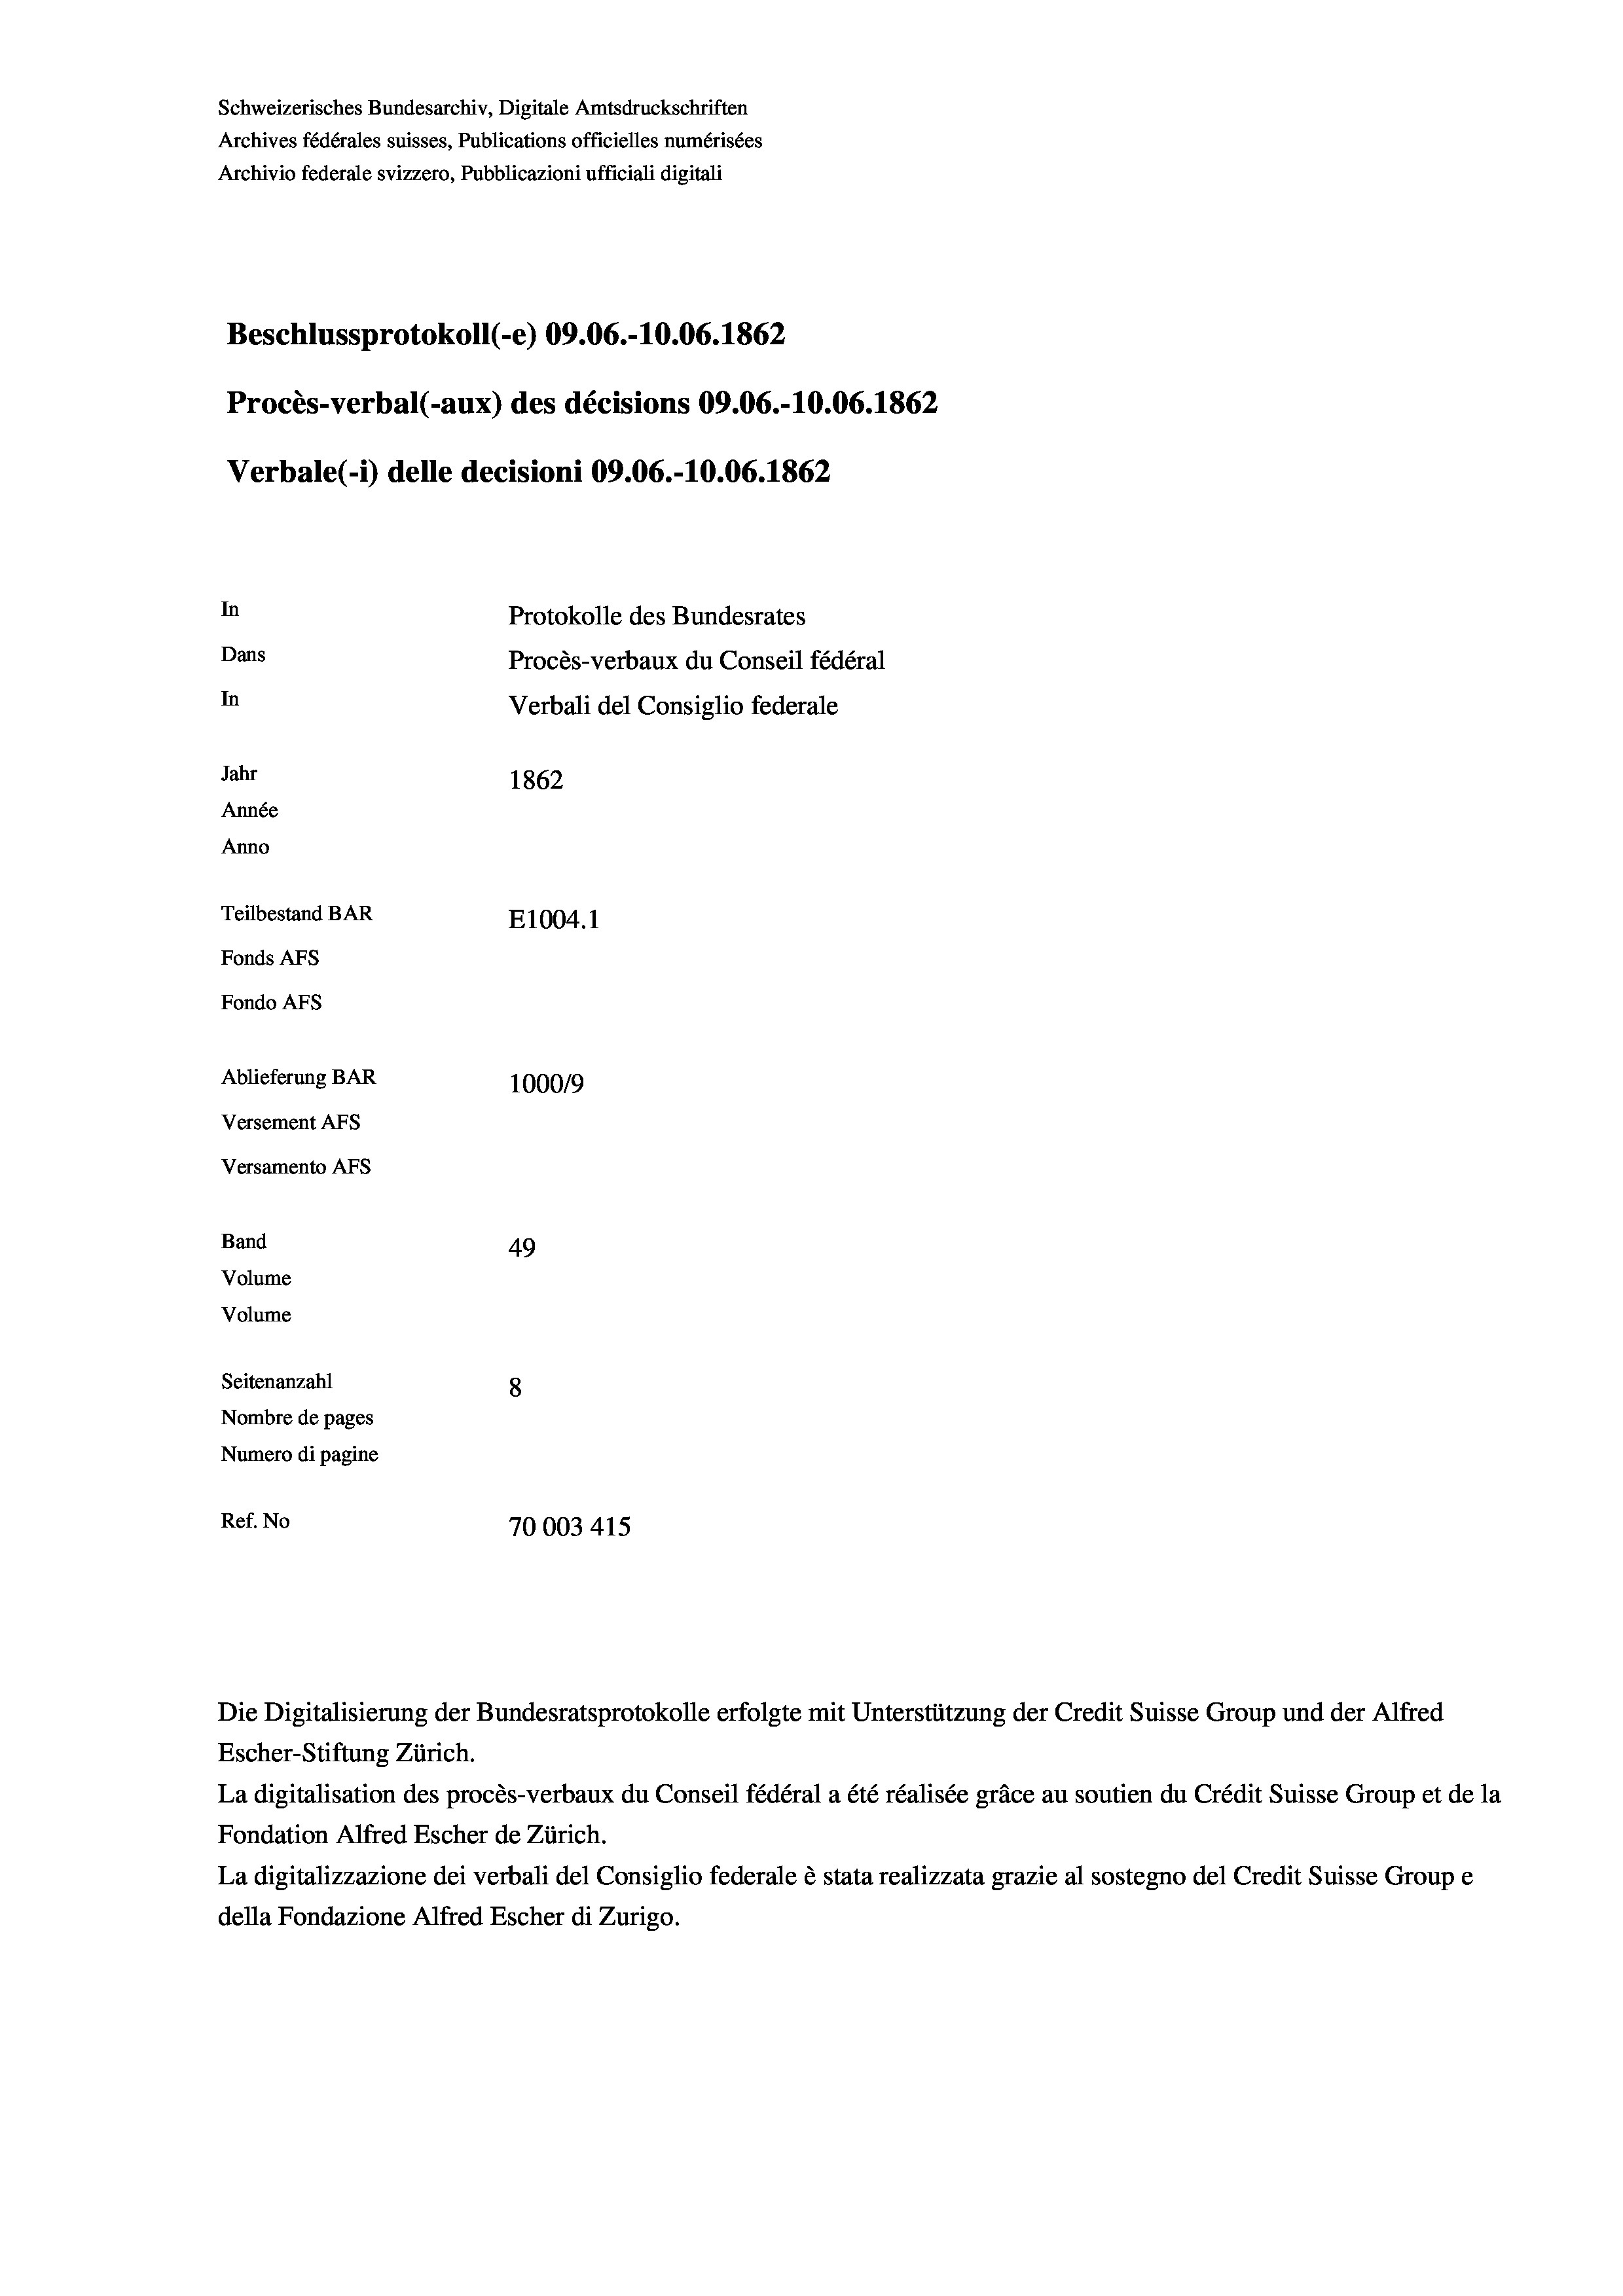
Schweizerisches Bundesarchiv, Digitale Amtsdruckschriften
Archives fédérales suisses, Publications officielles numérisées
Archivio federale svizzero, Pubblicazioni ufficiali digitali
Beschlussprotokoll (-e) 09.06.-10.06. 1862
Procès-verbal (-aux) des décisions 09.06.-10.06. 1862
Verbale (i) delle decisioni 09.06.-10.06. 1862
In
Protokolle des Bundesrates
Dans
Procès-verbaux du Conseil fédéral
In
Verbali del Consiglio federale
Jahr
1862
Année
Anno
Teilbestand BAR
E1004. 1
Fonds AFs
Fondo Afs
Ablieferung BAR
100019
Versement AFs
Versamento Afs
Band
49
Volume
Volume
Seitenanzahl
8
Nombre de pages
Numero di pagine

Ref. No
70003415

Escher-Stiftung Zürich.
La digitalisation des procès-verbaux du Conseil fédéral a été réalisée gräce au soutien du Crédit Suisse Group et de la
Fondation Alfred Escher de Zürich.
La digitalizzazione dei verbali del Consiglio federale è stata realizzata grazie al sostegno del Credit Suisse Groupe
della Fondazione Alfred Escher di Zurigo.

Die Digitalisierung der Bundesratsprotokolle erfolgte mit Unterstützung der Credit Suisse Group und der Alfred